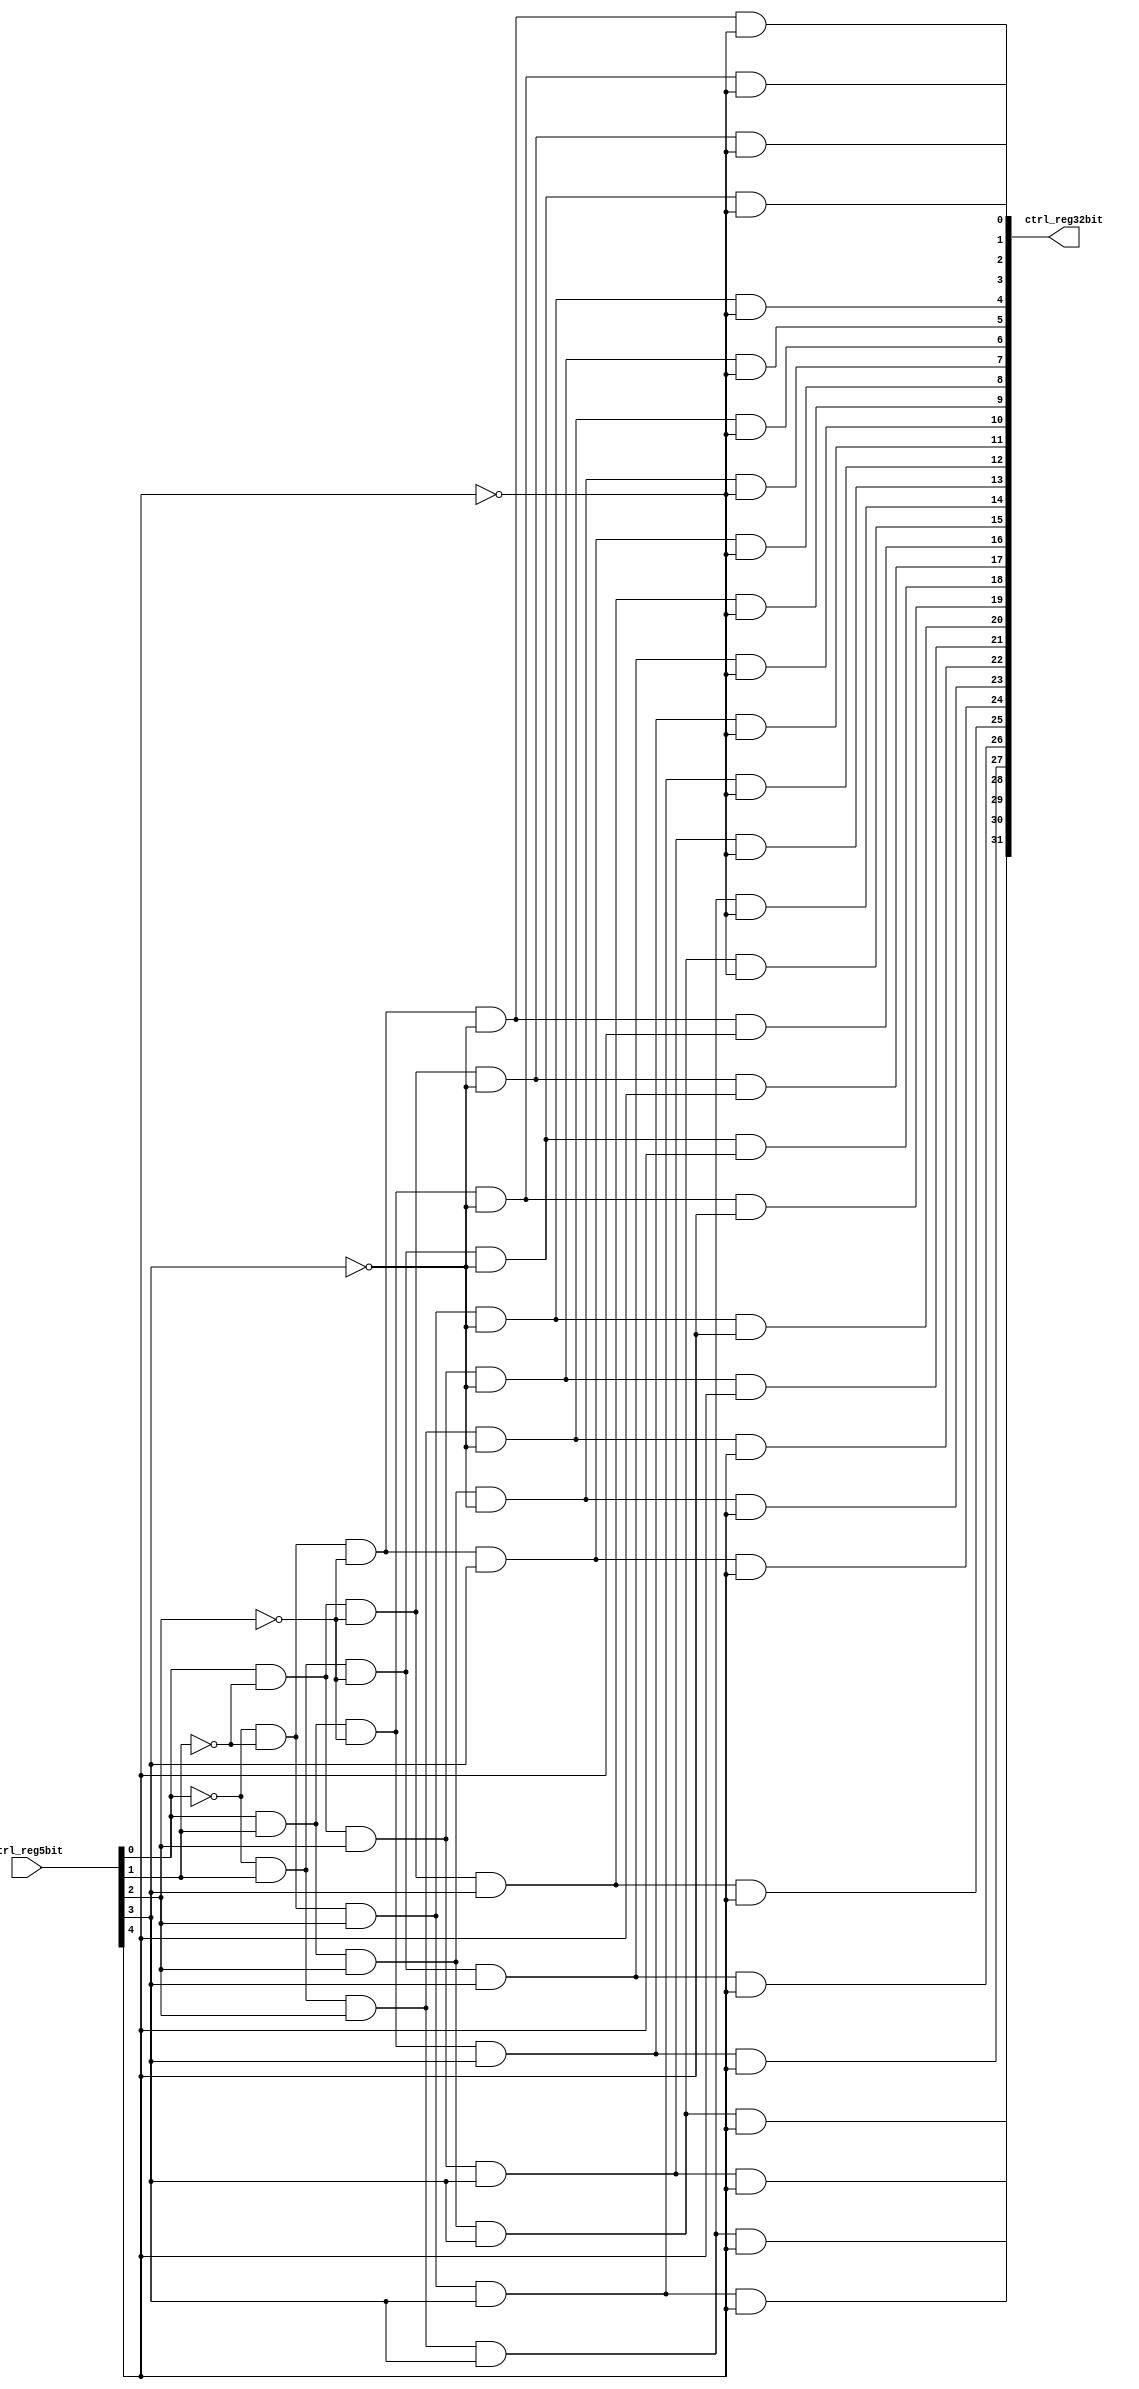
//converts from 5 bits binary to 2^5 bits one hot
module decoder32(ctrl_reg32bit, ctrl_reg5bit);
	input [4:0] ctrl_reg5bit;
	output [31:0] ctrl_reg32bit;
	
	wire w0, w1, w2, w3, w4;
	
	not n0(w0, ctrl_reg5bit[0]);
	not n1(w1, ctrl_reg5bit[1]);
	not n2(w2, ctrl_reg5bit[2]);
	not n3(w3, ctrl_reg5bit[3]);
	not n4(w4, ctrl_reg5bit[4]);
	
	and g0(ctrl_reg32bit[0], w0, w1, w2, w3, w4);
	and g1(ctrl_reg32bit[1], ctrl_reg5bit[0], w1, w2, w3, w4);
	and g2(ctrl_reg32bit[2], w0, ctrl_reg5bit[1], w2, w3, w4);
	and g3(ctrl_reg32bit[3], ctrl_reg5bit[0], ctrl_reg5bit[1], w2, w3, w4);
	and g4(ctrl_reg32bit[4], w0, w1, ctrl_reg5bit[2], w3, w4);
	and g5(ctrl_reg32bit[5], ctrl_reg5bit[0], w1, ctrl_reg5bit[2], w3, w4);
	and g6(ctrl_reg32bit[6], w0, ctrl_reg5bit[1], ctrl_reg5bit[2], w3, w4);
	and g7(ctrl_reg32bit[7], ctrl_reg5bit[0], ctrl_reg5bit[1], ctrl_reg5bit[2], w3, w4);
	and g8(ctrl_reg32bit[8], w0, w1, w2, ctrl_reg5bit[3], w4);
	and g9(ctrl_reg32bit[9], ctrl_reg5bit[0], w1, w2, ctrl_reg5bit[3], w4);
	and g10(ctrl_reg32bit[10], w0, ctrl_reg5bit[1], w2, ctrl_reg5bit[3], w4);
	and g11(ctrl_reg32bit[11], ctrl_reg5bit[0], ctrl_reg5bit[1], w2, ctrl_reg5bit[3], w4);
	and g12(ctrl_reg32bit[12], w0, w1, ctrl_reg5bit[2], ctrl_reg5bit[3], w4);
	and g13(ctrl_reg32bit[13], ctrl_reg5bit[0], w1, ctrl_reg5bit[2], ctrl_reg5bit[3], w4);
	and g14(ctrl_reg32bit[14], w0, ctrl_reg5bit[1], ctrl_reg5bit[2], ctrl_reg5bit[3], w4);
	and g15(ctrl_reg32bit[15], ctrl_reg5bit[0], ctrl_reg5bit[1], ctrl_reg5bit[2], ctrl_reg5bit[3], w4);
	and g16(ctrl_reg32bit[16], w0, w1, w2, w3, ctrl_reg5bit[4]);
	and g17(ctrl_reg32bit[17], ctrl_reg5bit[0], w1, w2, w3, ctrl_reg5bit[4]);
	and g18(ctrl_reg32bit[18], w0, ctrl_reg5bit[1], w2, w3, ctrl_reg5bit[4]);
	and g19(ctrl_reg32bit[19], ctrl_reg5bit[0], ctrl_reg5bit[1], w2, w3, ctrl_reg5bit[4]);
	and g20(ctrl_reg32bit[20], w0, w1, ctrl_reg5bit[2], w3, ctrl_reg5bit[4]);
	and g21(ctrl_reg32bit[21], ctrl_reg5bit[0], w1, ctrl_reg5bit[2], w3, ctrl_reg5bit[4]);
	and g22(ctrl_reg32bit[22], w0, ctrl_reg5bit[1], ctrl_reg5bit[2], w3, ctrl_reg5bit[4]);
	and g23(ctrl_reg32bit[23], ctrl_reg5bit[0], ctrl_reg5bit[1], ctrl_reg5bit[2], w3, ctrl_reg5bit[4]);
	and g24(ctrl_reg32bit[24], w0, w1, w2, ctrl_reg5bit[3], ctrl_reg5bit[4]);
	and g25(ctrl_reg32bit[25], ctrl_reg5bit[0], w1, w2, ctrl_reg5bit[3], ctrl_reg5bit[4]);
	and g26(ctrl_reg32bit[26], w0, ctrl_reg5bit[1], w2, ctrl_reg5bit[3], ctrl_reg5bit[4]);
	and g27(ctrl_reg32bit[27], ctrl_reg5bit[0], ctrl_reg5bit[1], w2, ctrl_reg5bit[3], ctrl_reg5bit[4]);
	and g28(ctrl_reg32bit[28], w0, w1, ctrl_reg5bit[2], ctrl_reg5bit[3], ctrl_reg5bit[4]);
	and g29(ctrl_reg32bit[29], ctrl_reg5bit[0], w1, ctrl_reg5bit[2], ctrl_reg5bit[3], ctrl_reg5bit[4]);
	and g30(ctrl_reg32bit[30], w0, ctrl_reg5bit[1], ctrl_reg5bit[2], ctrl_reg5bit[3], ctrl_reg5bit[4]);
	and g31(ctrl_reg32bit[31], ctrl_reg5bit[0], ctrl_reg5bit[1], ctrl_reg5bit[2], ctrl_reg5bit[3], ctrl_reg5bit[4]);
	
endmodule